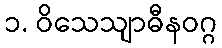
၁. ဝိသေသျာဓီနဝဂ္ဂ